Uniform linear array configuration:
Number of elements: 24
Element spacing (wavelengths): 1
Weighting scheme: blackman
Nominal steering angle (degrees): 0
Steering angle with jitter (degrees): -0.4479
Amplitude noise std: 0.05
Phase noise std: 0.05

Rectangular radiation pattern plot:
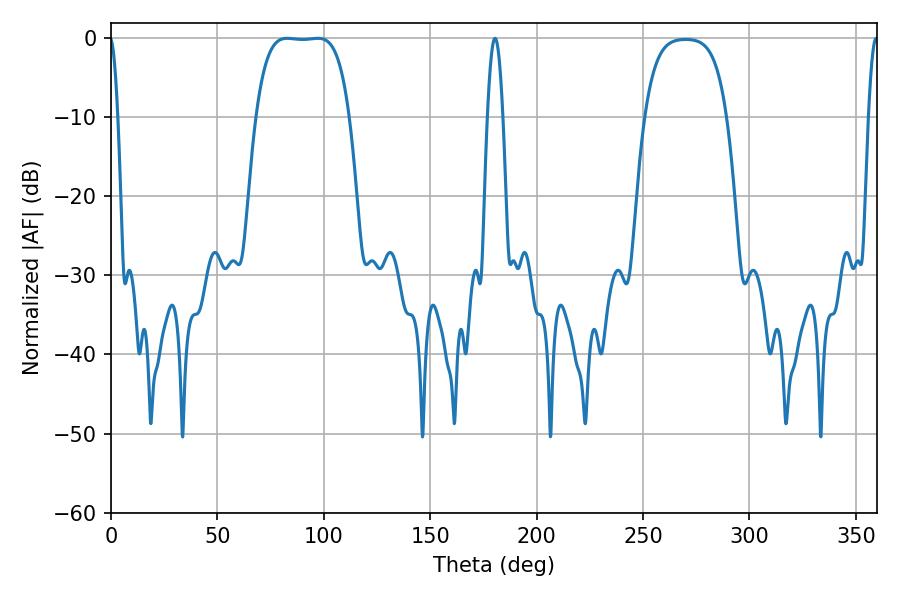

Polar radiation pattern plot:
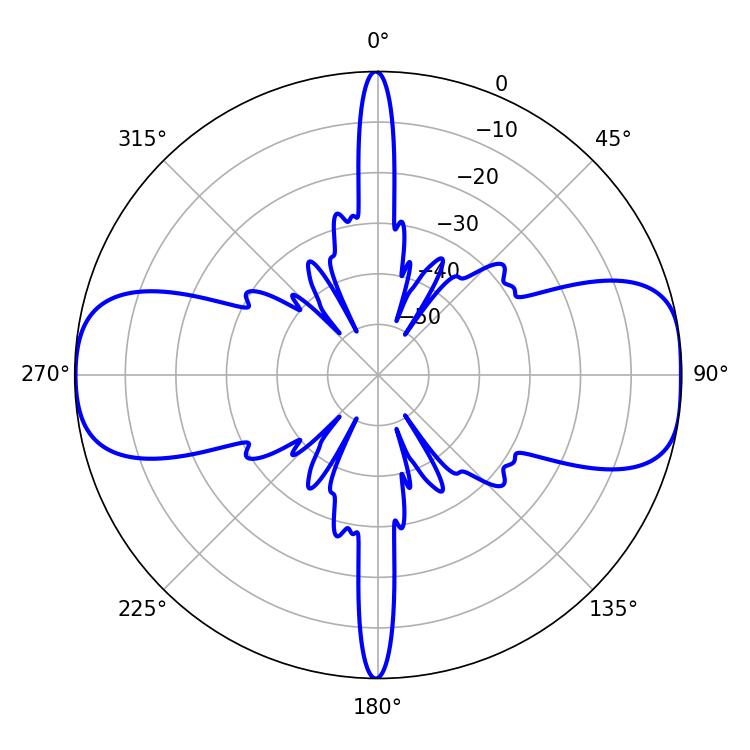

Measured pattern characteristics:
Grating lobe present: TRUE
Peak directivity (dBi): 11.927
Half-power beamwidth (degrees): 33.84
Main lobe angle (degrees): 82.8